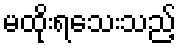
မထိုးရသေးသည့်